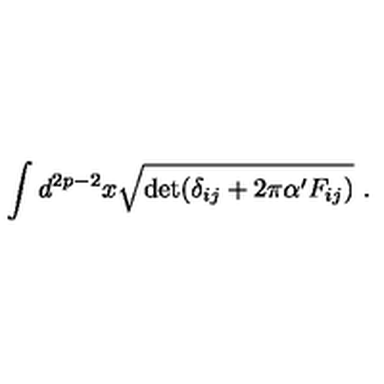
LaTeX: \int d ^ { 2 p - 2 } x \sqrt { \det ( \delta _ { i j } + 2 \pi \alpha ^ { \prime } F _ { i j } ) } \ .